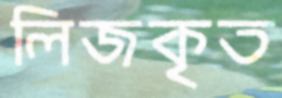
লিজকৃত